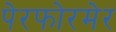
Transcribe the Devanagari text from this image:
पेरफोरमेर